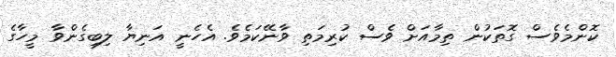
ކޮންމެވެސް ގޮތަކުން ތިމާއަށް ވެސް ކުރިމަތި ވާނޭކަމެވެ. އެހެނީ އަނިޔާ ލިބިގެންވާ މީހާގެ